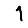
Digit: 1